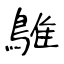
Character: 鵻